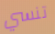
تنسي